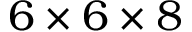
6 \times 6 \times 8